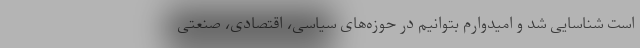
است شناسایی شد و امیدوارم بتوانیم‌ در حوزه‌های سیاسی، اقتصادی، صنعتی